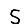
Digit: 5